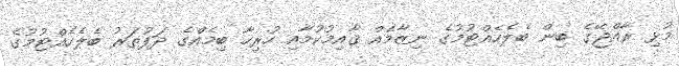
މުޅި ރާއްޖޭގެ ބިން ބެލެހެއްޓުމުގެ ނިޒާމެއް ޤާއިމުކުމާއި ހުރިހާ ބިމެއްގެ ދަފުތަރު ބެލެހެއްޓުމުގެ